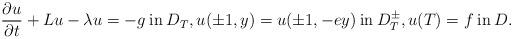
LaTeX: \begin{align*}\frac{\partial u}{\partial t} + Lu - \lambda u = -g \: \mbox{in} \: D_T, u(\pm 1, y) = u(\pm 1, -e y) \: \mbox{in} \: D_T^\pm, u(T) = f \: \mbox{in} \: D.\end{align*}